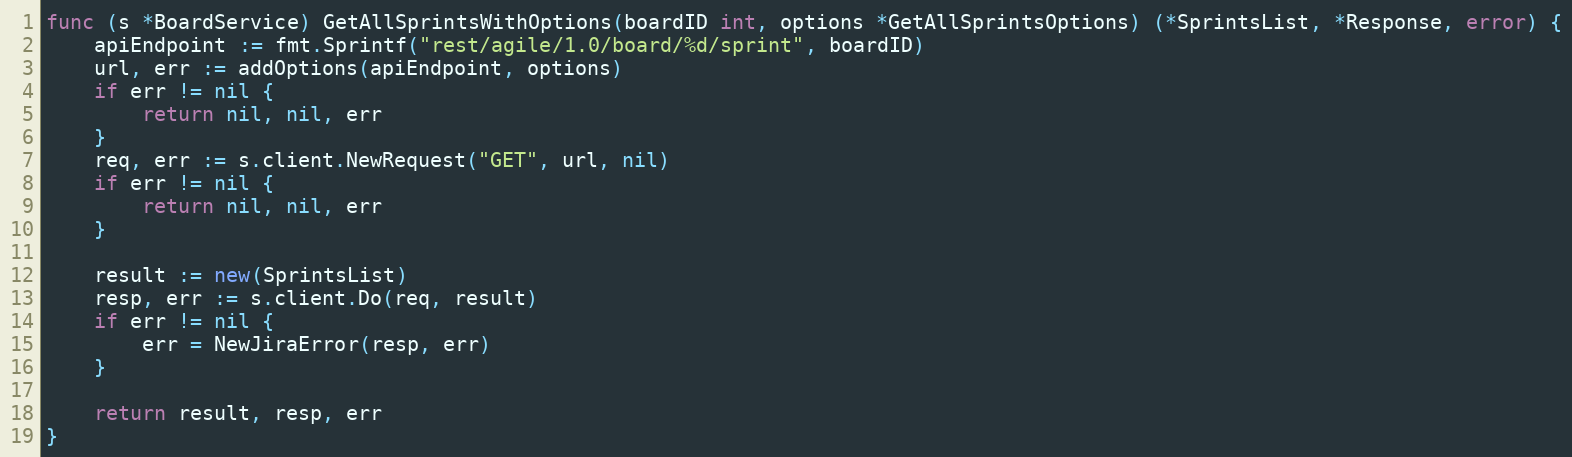
Language: Go
func (s *BoardService) GetAllSprintsWithOptions(boardID int, options *GetAllSprintsOptions) (*SprintsList, *Response, error) {
	apiEndpoint := fmt.Sprintf("rest/agile/1.0/board/%d/sprint", boardID)
	url, err := addOptions(apiEndpoint, options)
	if err != nil {
		return nil, nil, err
	}
	req, err := s.client.NewRequest("GET", url, nil)
	if err != nil {
		return nil, nil, err
	}

	result := new(SprintsList)
	resp, err := s.client.Do(req, result)
	if err != nil {
		err = NewJiraError(resp, err)
	}

	return result, resp, err
}